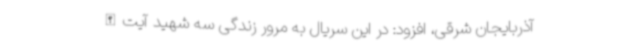
آذربایجان شرقی، افزود: در این سریال به مرور زندگی سه شهید آیت‌الله